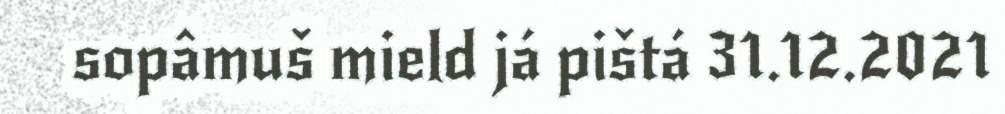
sopâmuš mield já pištá 31.12.2021